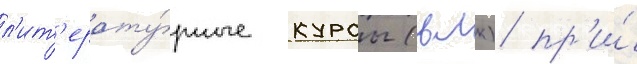
л'ит'ерату́рные курсы (влк) пр'и́